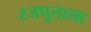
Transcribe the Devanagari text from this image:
रजपूताना